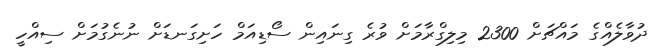
ދުވާލެއްގެ މައްޗަށް 2300 މިލިގްރާމަށް ވުރެ ގިނައިން ސޯޑިއަމް ހަށިގަނޑަށް ނުނެގުމަށް ސިއްހީ